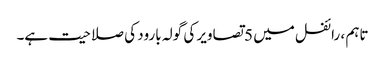
تاہم ، رائفل میں 5 تصاویر کی گولہ بارود کی صلاحیت ہے۔